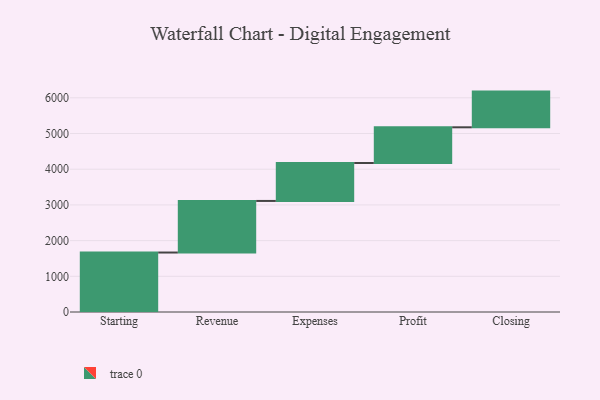
{"axis": {"x": "Step", "y": "Value"}, "legend": [""], "data": [{"x": "Starting", "y": 1666.0, "type": ""}, {"x": "Revenue", "y": 1445.0, "type": ""}, {"x": "Expenses", "y": 1063.0, "type": ""}, {"x": "Profit", "y": 1000, "type": ""}, {"x": "Closing", "y": 1000, "type": ""}]}